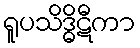
ရူပသိဒ္ဓိဋီကာ